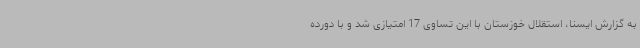
به گزارش ایسنا، استقلال خوزستان با این تساوی 17 امتیازی شد و با دورده